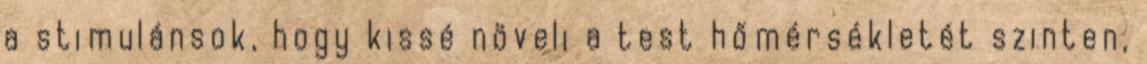
a stimulánsok, hogy kissé növeli a test hőmérsékletét szinten,